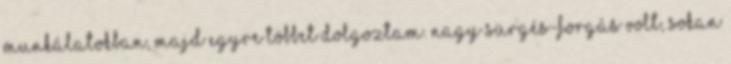
munkálatokban, majd egyre többet dolgoztam. Nagy sürgés-forgás volt, sokan